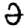
Digit: 2